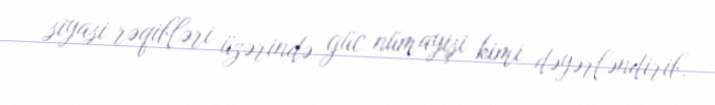
siyasi rəqibləri üzərində güc nümayişi kimi dəyərləndirib.